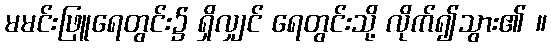
မမင်းဖြူရေတွင်း၌ ရှိလျှင် ရေတွင်းသို့ လိုက်၍သွား၏ ။